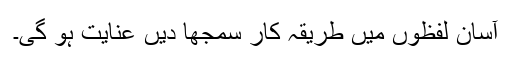
آسان لفظوں میں طریقہ کار سمجھا دیں عنایت ہو گی۔